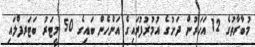
މުބާރާތުގެ 12 އަހަރުން ދަށުގެ އުމުރުފުރައިގެ އަންހެން ބައިގެ 50 މީޓަރު ބަޓަރފްލައި